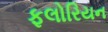
ફલોરિયન